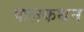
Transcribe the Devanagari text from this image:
फलकथन